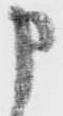
申